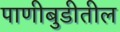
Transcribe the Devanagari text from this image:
पाणीबुडीतील